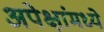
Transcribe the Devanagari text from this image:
अपेक्षांमध्ये